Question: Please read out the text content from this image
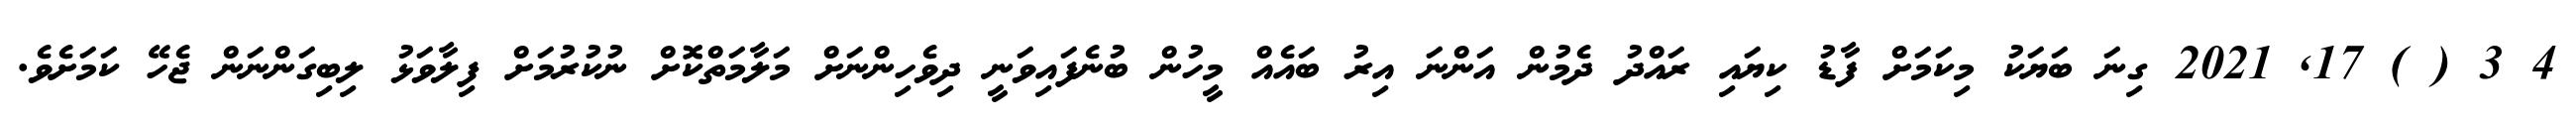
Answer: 4 3 ( ) 17, 2021 ގިނަ ބަޔަކު މިކަމަށް ފާޑު ކިޔައި ރައްދު ދެމުން އަންނަ އިރު ބައެއް މީހުން ބުނެފައިވަނީ ދިވެހިންނަށް މަލާމަތްކޮށް ނުކުރުމަށް ފިލާވަޅު ލިބިގަންނަން ޖެހޭ ކަމަށެވެ.